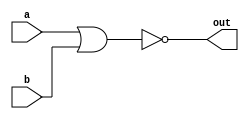
module top_module (
    input a,
    input b,
    output out
);

    assign out = !(a | b);
    // |: bit-wise, ||: logical

endmodule